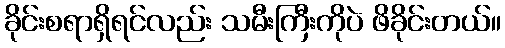
ခိုင်းစရာရှိရင်လည်း သမီးကြီးကိုပဲ ဖိခိုင်းတယ်။